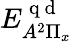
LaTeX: {E}_{A^{2}\Pi_{x}}^{\mathrm{~q~d~}}